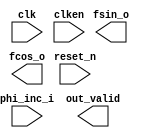

module nco_ent (
	clk,
	clken,
	phi_inc_i,
	fsin_o,
	fcos_o,
	out_valid,
	reset_n);	

	input		clk;
	input		clken;
	input	[7:0]	phi_inc_i;
	output	[9:0]	fsin_o;
	output	[9:0]	fcos_o;
	output		out_valid;
	input		reset_n;
endmodule